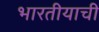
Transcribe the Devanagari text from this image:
भारतीयाची